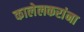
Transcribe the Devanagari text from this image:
कालेलकरांना